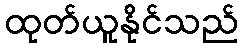
ထုတ်ယူနိုင်သည်